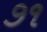
૭૧